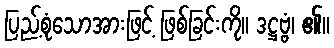
ပြည့်စုံသောအားဖြင့် ဖြစ်ခြင်းကို။ ဒဋ္ဌဗ္ဗံ၊ ၏။